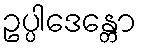
ဥပ္ပါဒေန္တော